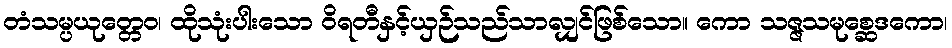
တံသမ္ပယုတ္တေဝ၊ ထိုသုံးပါးသော ဝိရတီနှင့်ယှဉ်သည်သာလျှင်ဖြစ်သော။ ကော သဇ္ဇသမုစ္ဆေဒကော၊